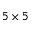
5 \times 5